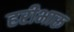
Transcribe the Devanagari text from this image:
हरीभारू